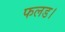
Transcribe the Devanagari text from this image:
फलड।